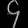
Digit: ၄